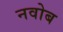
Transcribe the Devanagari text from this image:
नवोब